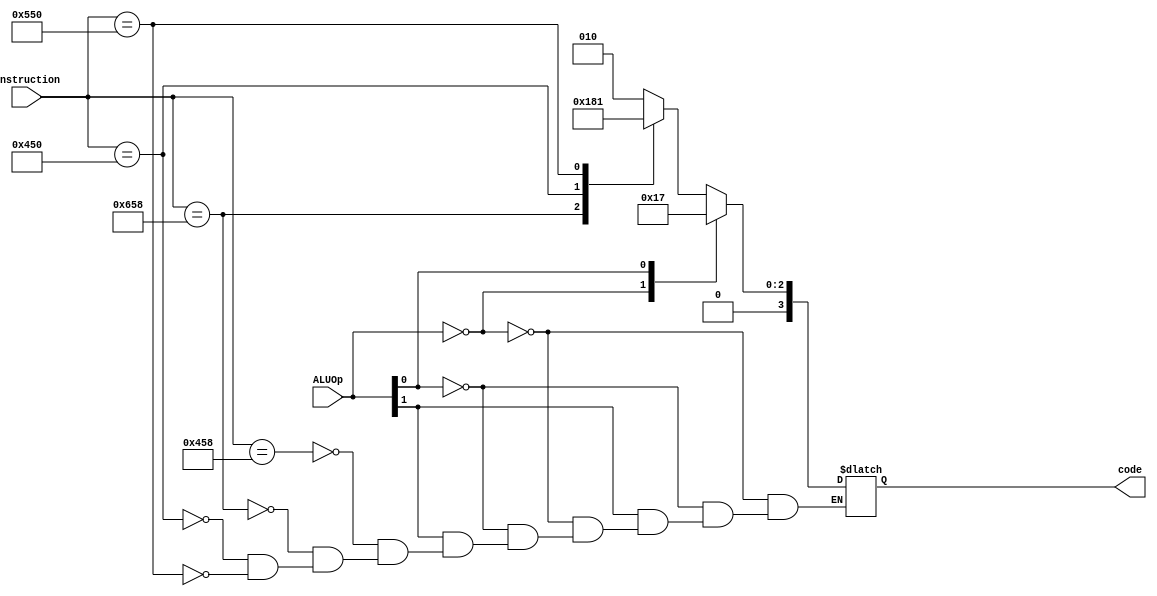
module ALUControl (ALUOp, instruction, code);

    input [1:0] ALUOp;
    input [10:0] instruction;
    output reg [3:0] code;

    always @ (ALUOp, instruction) begin

        casex(ALUOp)
        
            2'b00: code = 4'b0010;
            2'bx1: code = 4'b0111;
            2'b1x: 
                casex(instruction)

                    11'b10001011000: code = 4'b0010;
                    11'b11001011000: code = 4'b0110;
                    11'b10001010000: code = 4'b0000;
                    11'b10101010000: code = 4'b0001;
                
                endcase
		default: code = 4'bz;
        endcase
	

    end

endmodule